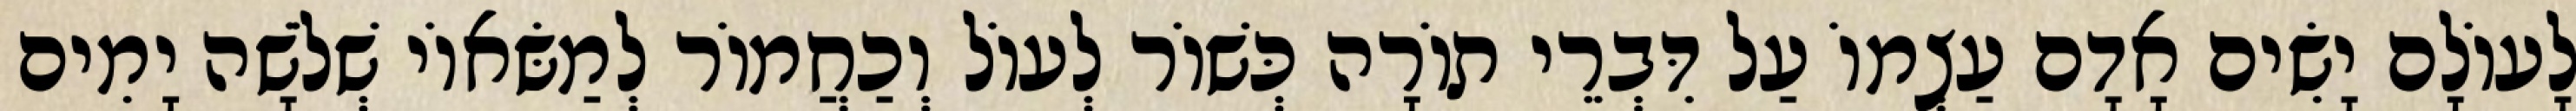
לָעוֹלָם יָשִׂים אָדָם עַצְמוֹ עַל דִּבְרֵי תוֹרָה כְּשׁוֹר לְעוֹל וְכַחֲמוֹר לְמַשּׂאוֹי שְׁלֹשָׁה יָמִים